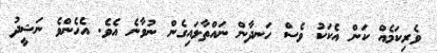
ވެރިކަމެއް ކަން އެކަކު ވެސް ހަނދާން ނައްތާލައިގެން ނުވާނެ އެވެ. އެހެންވެ ނަޝީދު